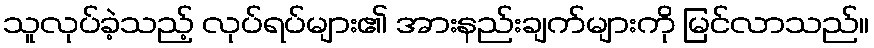
သူလုပ်ခဲ့သည့် လုပ်ရပ်များ၏ အားနည်းချက်များကို မြင်လာသည်။